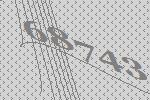
68743